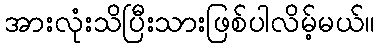
အားလုံးသိပြီးသားဖြစ်ပါလိမ့်မယ်။